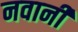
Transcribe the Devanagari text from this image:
नवानी